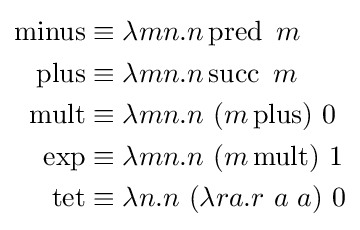
{\begin{aligned}\operatorname {minus} &\equiv \lambda mn.n\operatorname {pred} \ m\\\operatorname {plus} &\equiv \lambda mn.n\operatorname {succ} \ m\\\operatorname {mult} &\equiv \lambda mn.n\ (m\operatorname {plus} )\ 0\\\operatorname {exp} &\equiv \lambda mn.n\ (m\operatorname {mult} )\ 1\\\operatorname {tet} &\equiv \lambda n.n\ (\lambda ra.r\ a\ a)\ 0\end{aligned}}